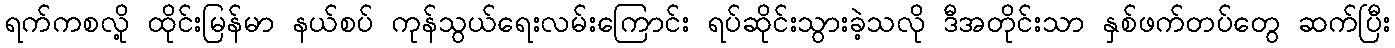
ရက်ကစလို့ ထိုင်းမြန်မာ နယ်စပ် ကုန်သွယ်ရေးလမ်းကြောင်း ရပ်ဆိုင်းသွားခဲ့သလို ဒီအတိုင်းသာ နှစ်ဖက်တပ်တွေ ဆက်ပြီး